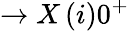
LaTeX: \to X\, (i)0^{+}